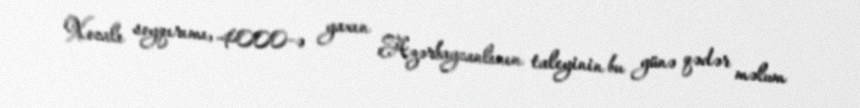
Xocalı soyqırımı, 4000-ə yaxın Azərbaycanlının taleyinin bu günə qədər məlum